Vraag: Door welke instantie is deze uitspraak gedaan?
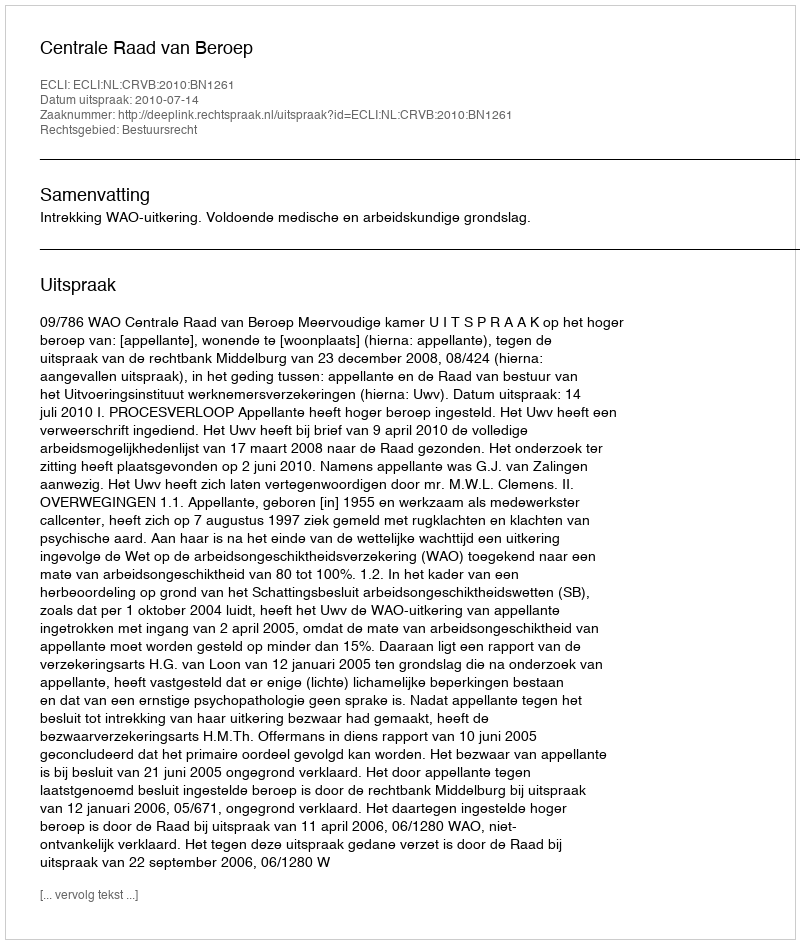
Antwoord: Centrale Raad van Beroep